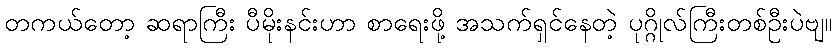
တကယ်တော့ ဆရာကြီး ပီမိုးနင်းဟာ စာရေးဖို့ အသက်ရှင်နေတဲ့ ပုဂ္ဂိုလ်ကြီးတစ်ဦးပဲဗျ။